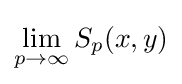
\lim _{p\to \infty }S_{p}(x,y)